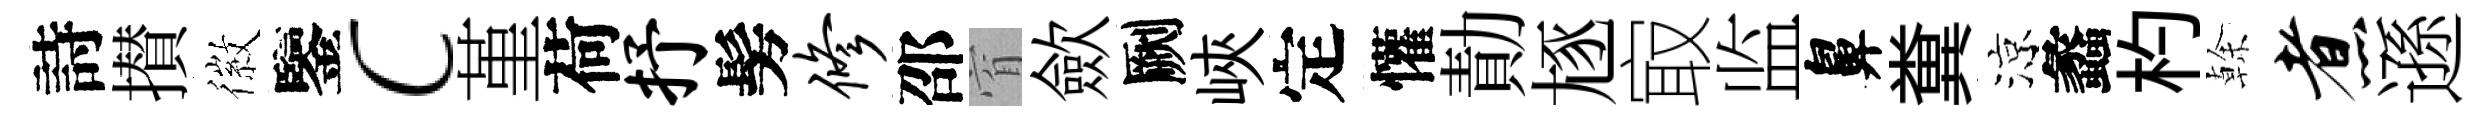
詩攅徽鑒c堇荷抒髣修邵窅歛劂峽定懽勣豗㝡监鼻糞涼蠡杓𠏉煮遜